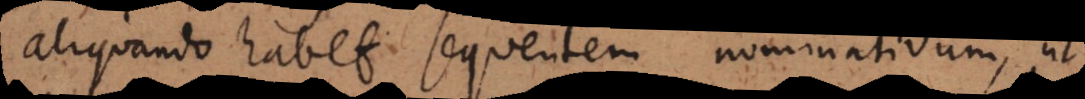
Aliquando habet sequentem nominativum, ut